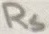
Text: RS